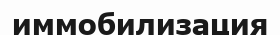
иммобилизация